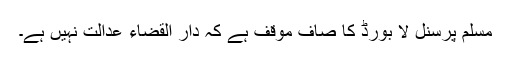
مسلم پرسنل لا بورڈ کا صاف موقف ہے کہ دار القضاء عدالت نہیں ہے۔